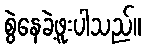
စွဲနေခဲ့ဖူးပါသည်။